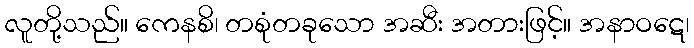
လူတို့သည်။ ကေနစိ၊ တစုံတခုသော အဆီး အတားဖြင့်။ အနာဝဋေ၊